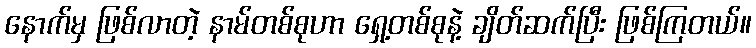
နောက်မှ ဖြစ်လာတဲ့ နာမ်တစ်စုဟာ ရှေ့တစ်စုနဲ့ ချိတ်ဆက်ပြီး ဖြစ်ကြတယ်။